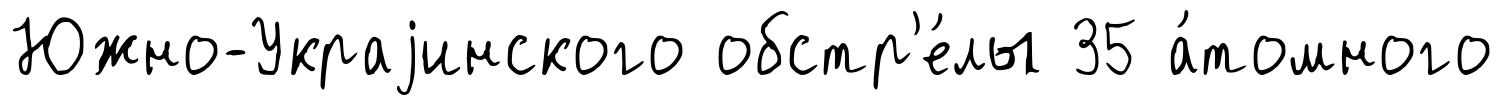
Южно-Украjинского обстр'е́лы 35 а́томного